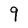
Character: 9